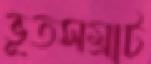
ভূতসম্রাট